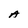
Character: A